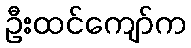
ဦးထင်ကျော်က